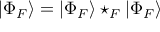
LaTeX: | \Phi _ { F } \rangle = | \Phi _ { F } \rangle \star _ { F } | \Phi _ { F } \rangle \,